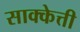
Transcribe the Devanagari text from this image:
साक्केत्ती